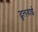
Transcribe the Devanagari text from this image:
ढुलवाई